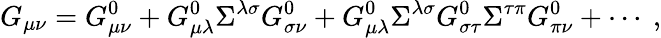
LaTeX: G_{\mu\nu}=G_{\mu\nu}^{0}+G_{\mu\lambda}^{0}\Sigma^{\lambda\sigma}G_{\sigma\nu}^{0}+G_{\mu\lambda}^{0}\Sigma^{\lambda\sigma}G_{\sigma\tau}^{0}\Sigma^{\tau\pi}G_{\pi\nu}^{0}+\cdots\ ,